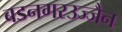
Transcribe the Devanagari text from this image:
बडनगरउज्जैन